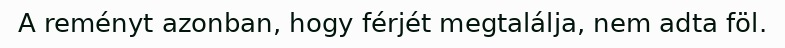
A reményt azonban, hogy férjét megtalálja, nem adta föl.